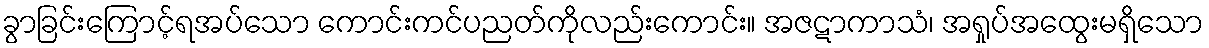
ခွာခြင်းကြောင့်ရအပ်သော ကောင်းကင်ပညတ်ကိုလည်းကောင်း။ အဇဋာကာသံ၊ အရှုပ်အထွေးမရှိသော